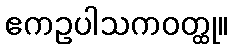
ဧကဥပါသကဝတ္ထု။